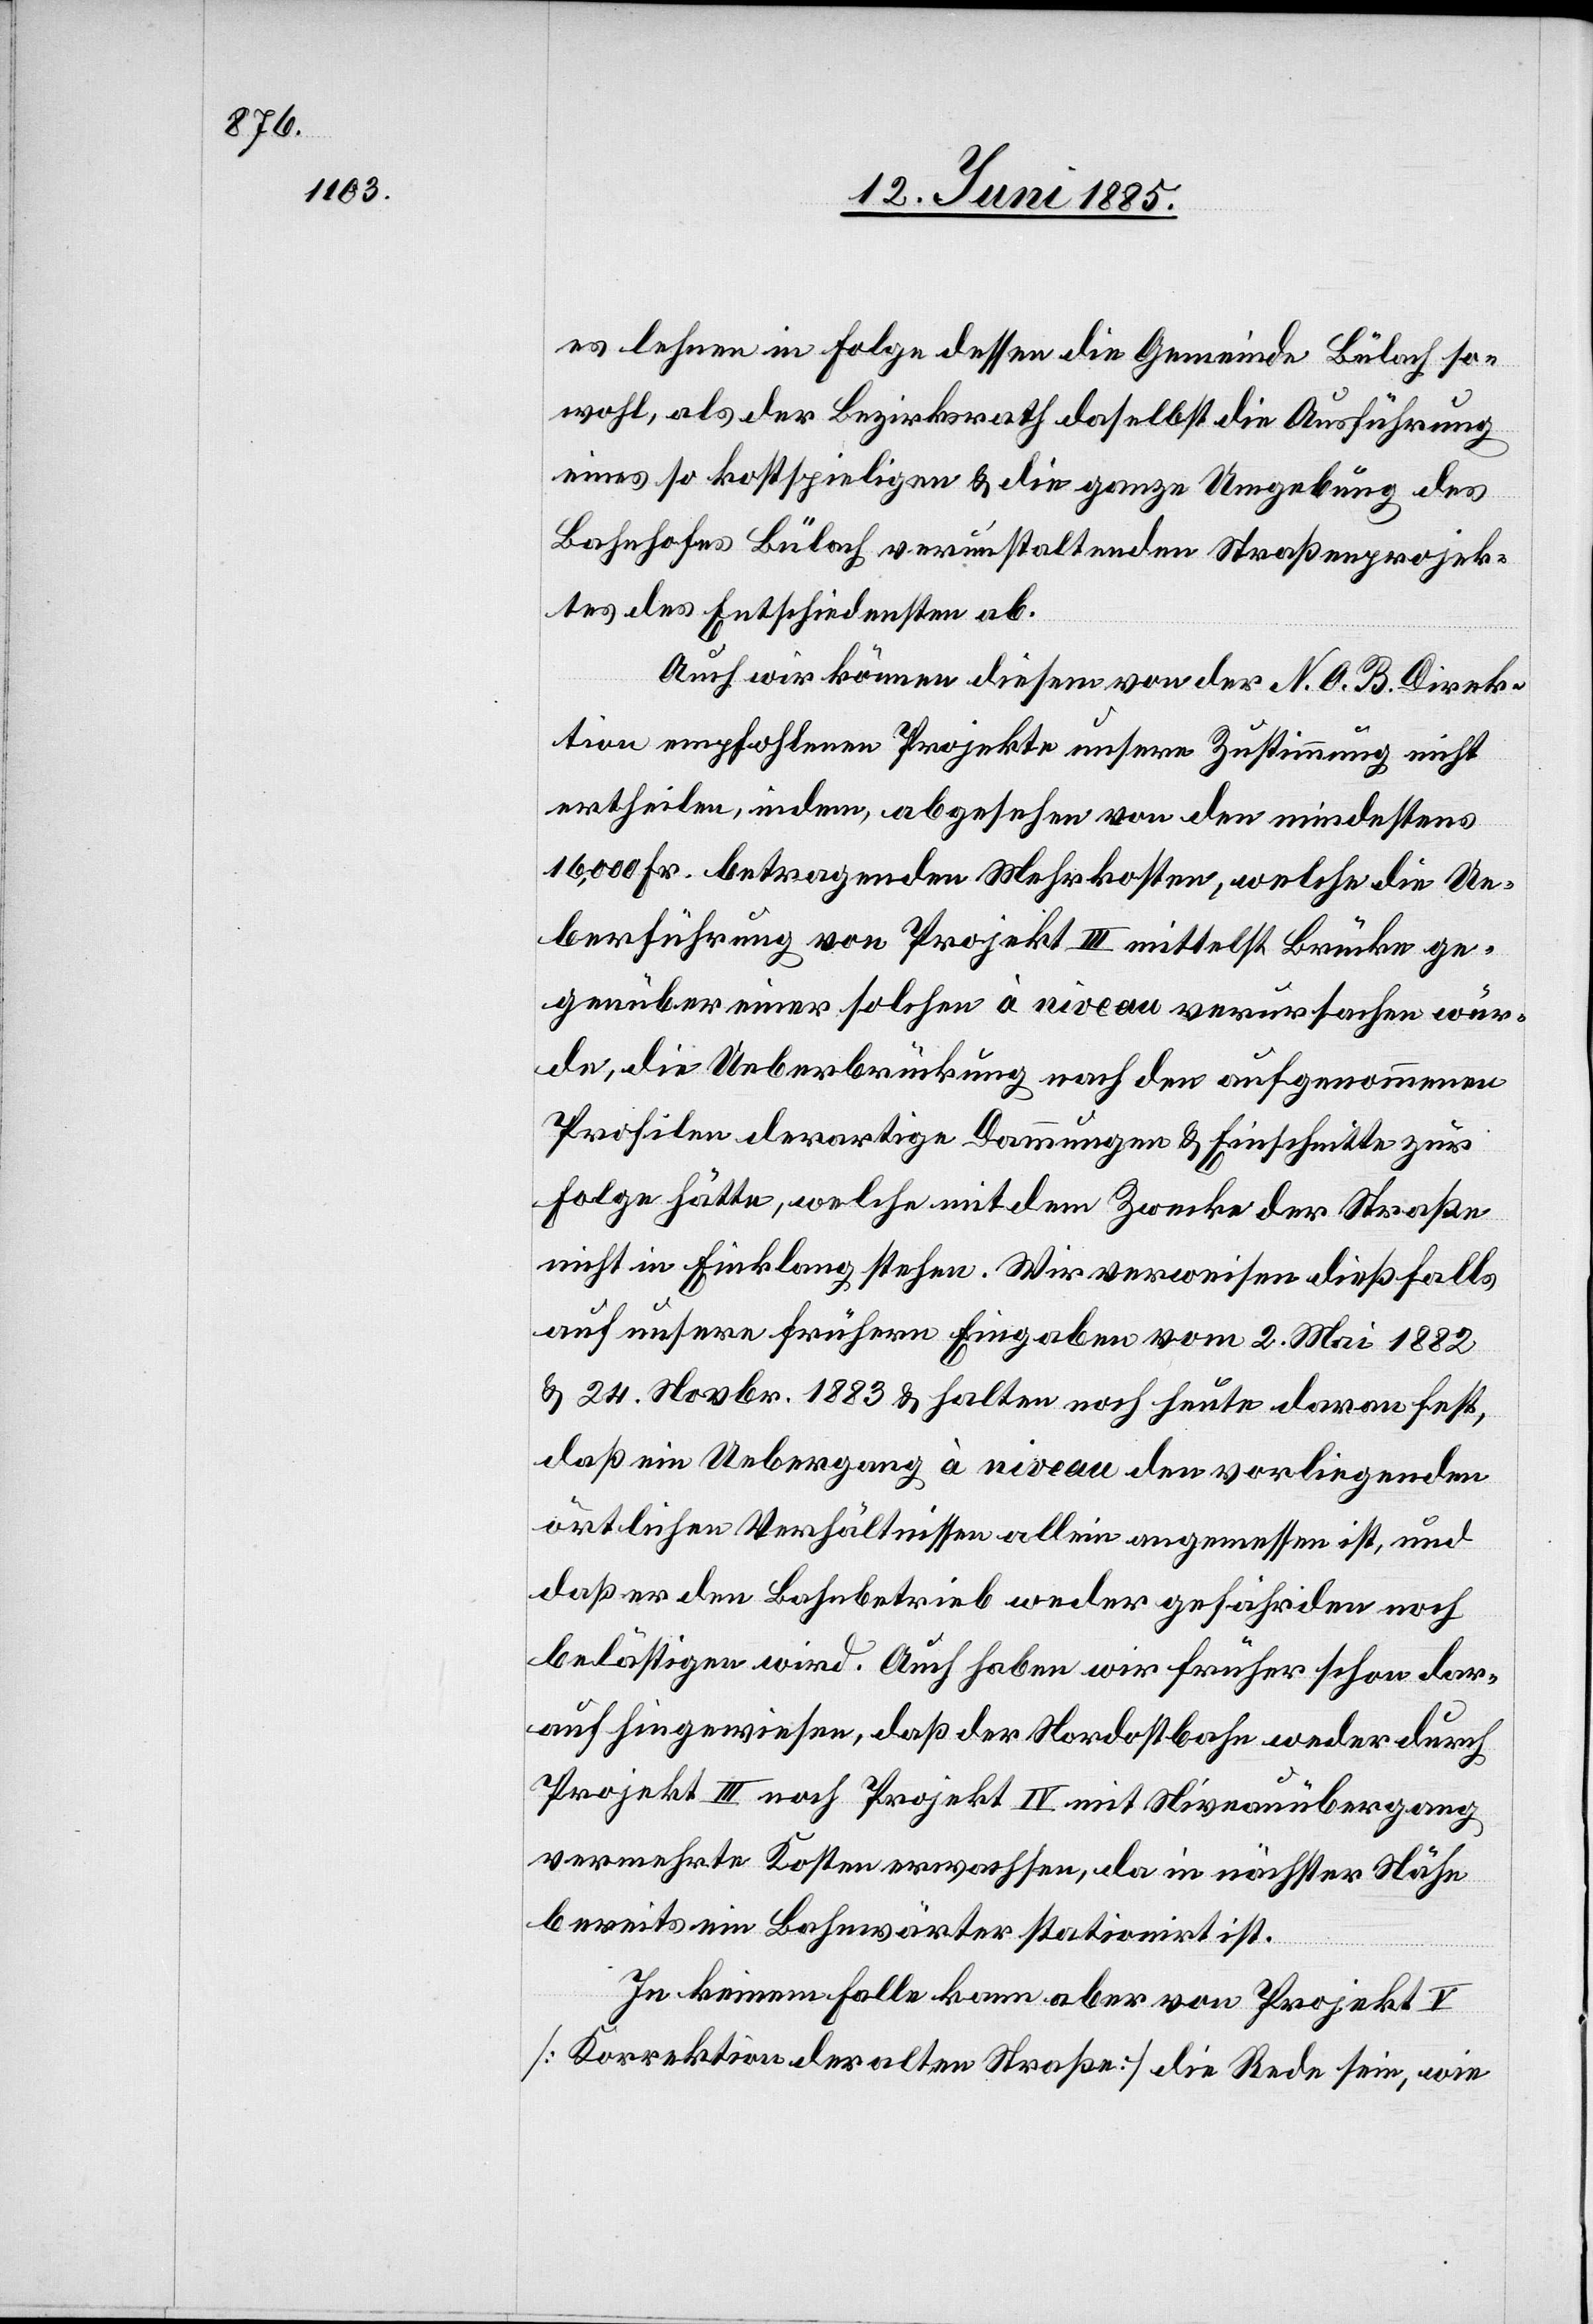
es lehnen in Folge dessen die Gemeinde Bülach so¬
wohl, als der Bezirksrath daselbst die Ausführung
eines so kostspieligen & die ganze Umgebung des
Bahnhofes Bülach verunstaltenden Straßenprojek¬
tes des Entschiedensten ab.
Auch wir können diesem von der N. O. B. Direk¬
tion empfohlenen Projekte unsere Zustimmung nicht
ertheilen, indem, abgesehen von den mindestens
16,000 Fr. betragenden Mehrkosten, welche die Ue¬
berführung von Projekt III mittelst Brücke ge¬
genüber einer solchen à niveau verursachen wür¬
de, die Ueberbrückung nach den aufgenommenen
Profilen derartige Dammungen & Einschnitte zur
Folge hätte, welche mit dem Zwecke der Straße
nicht in Einklang stehen. Wir verweisen dießfalls
auf unsere frühere Eingaben vom 2. Mai 1882
& 24. Novbr. 1883 & halten noch heute daran fest,
daß ein Uebergang à niveau den vorliegenden
örtlichen Verhältnissen allein angemessen ist, und
daß er den Bahnbetrieb weder gefährden noch
belästigen wird. Auch haben wir früher schon dar¬
auf hingewiesen, daß der Nordostbahn weder durch
Projekt III noch Projekt IV mit Niveauübergang
vermehrte Kosten erwachsen, da in nächster Nähe
bereits ein Bahnwärter stationirt ist.
In keinem Falle kann aber von Projekt
[Korrektion der alten Straße] die Rede sein, wie